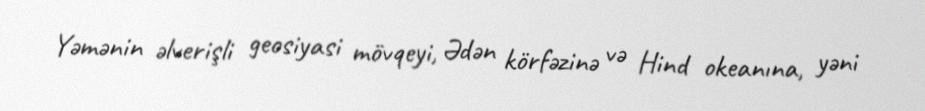
Yəmənin əlverişli geosiyasi mövqeyi, Ədən körfəzinə və Hind okeanına, yəni